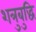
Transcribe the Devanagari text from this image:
शत्रुबुद्धि